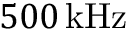
5 0 0 \, \mathrm { k H z }